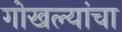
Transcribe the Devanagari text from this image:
गोखल्यांचा